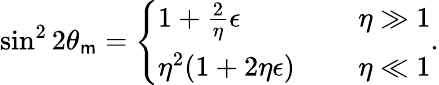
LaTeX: \sin^{2}2\theta_{\mathsf{m}}=\left\{ \begin{array}{ll}{{1+\frac{2}{\eta}\epsilon\ \ \ \ }}&{{\eta\gg 1}}\\ {{\eta^{2}(1+2\eta\epsilon)\ \ \ \ \ }}&{{\eta\ll 1}}\end{array}\right..